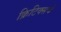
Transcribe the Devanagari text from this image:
क्रिटिक्सचे